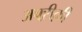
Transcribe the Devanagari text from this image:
अफ्ऱीक़ी